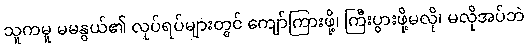
သူကမူ မမနွယ်၏ လုပ်ရပ်များတွင် ကျော်ကြားဖို့၊ ကြီးပွားဖို့မလို၊ မလိုအပ်ဘဲ